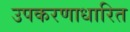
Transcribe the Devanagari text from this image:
उपकरणाधारित